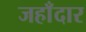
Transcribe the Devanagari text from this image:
जहाँदार